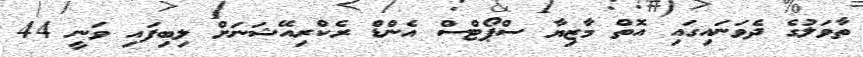
ތާވަލުގެ ދެވަނައިގައި އޮތް މާޒިޔާ ސްޕޯޓްސް އެންޑް ރެކްރިއޭޝަނަށް ލިބިފައި ވަނީ 44